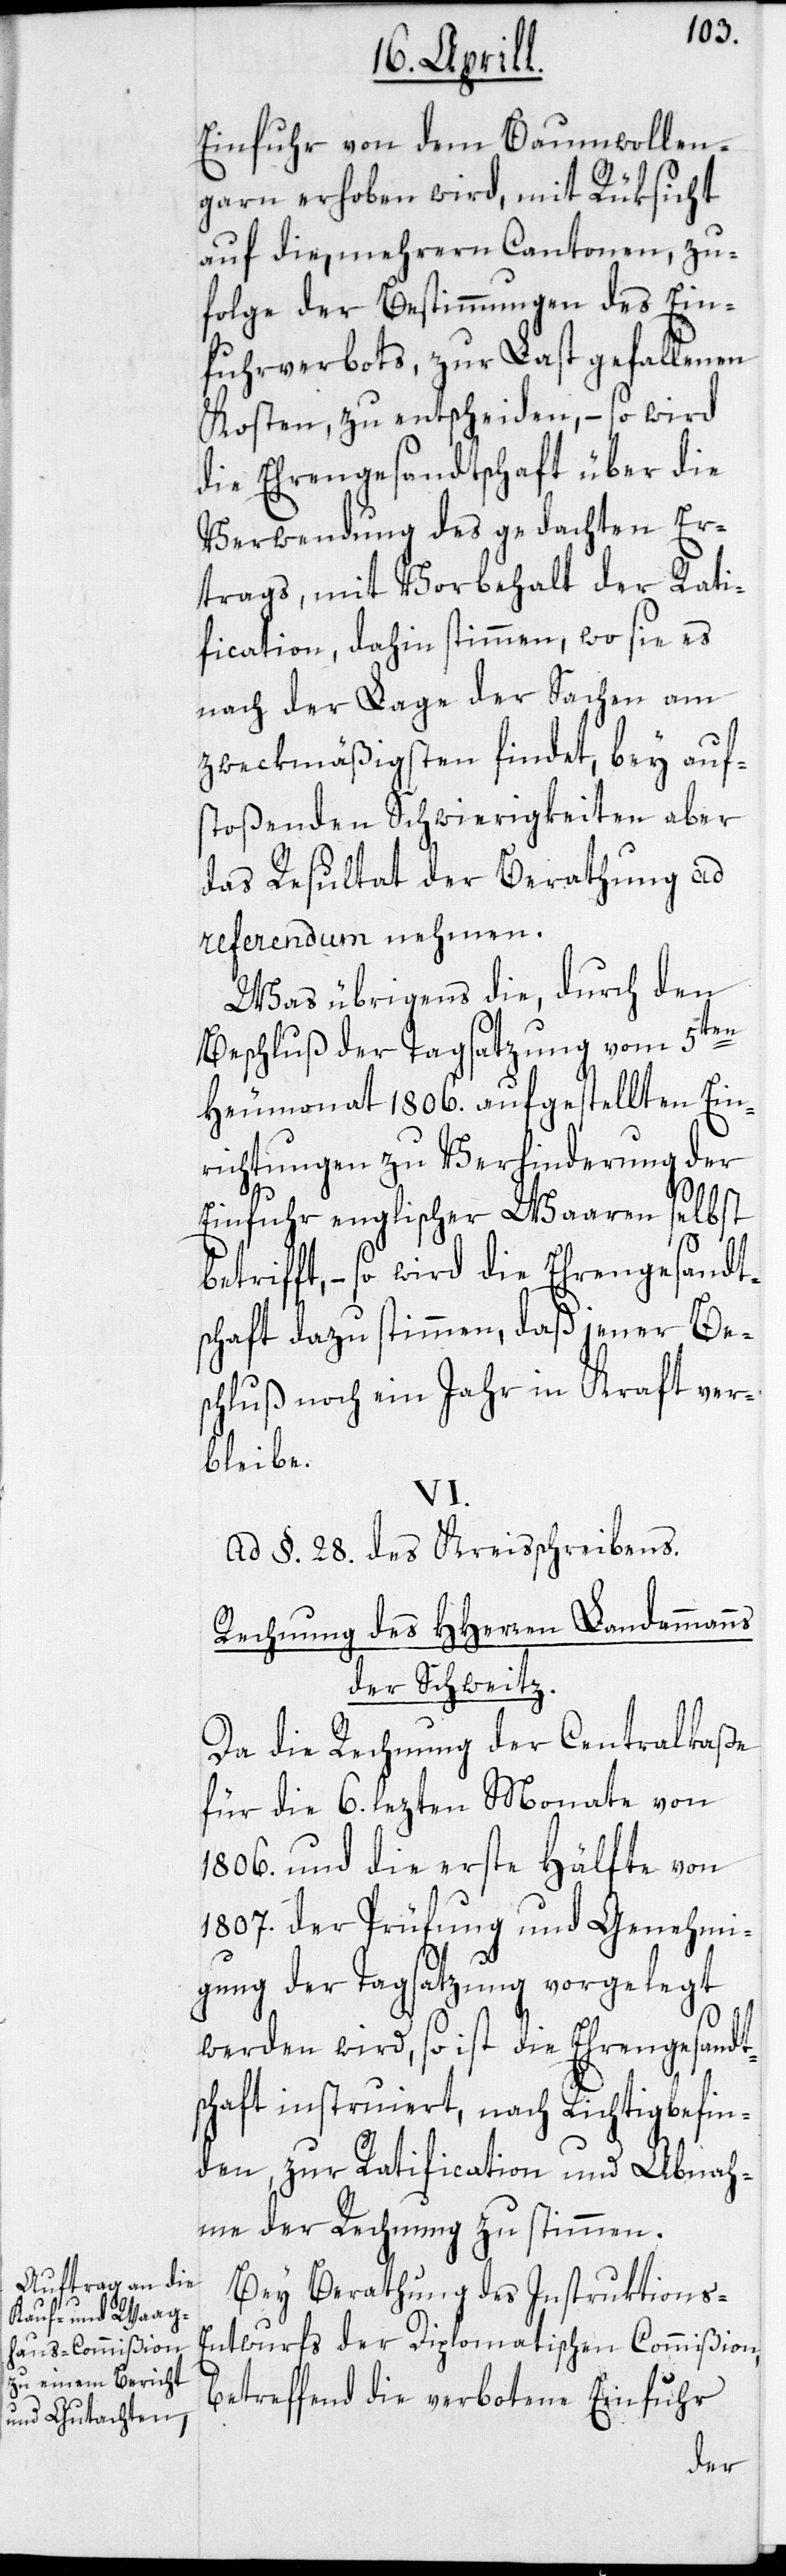
Einfuhr von dem Baumwollen¬
garn erhoben wird, mit Rüksicht
auf die, mehrern Cantonen, zu¬
folge der Bestimmungen des Ein¬
fuhrverbots, zur Last gefallenen
Kosten, zu entscheiden, – so wird
die Ehrengesandtschaft über die
Verwendung des gedachten Er¬
trags, mit Vorbehalt der Rati¬
fication, dahin stimmen, wo sie es
nach der Lage der Sachen am
zweckmäßigsten findet, bey aufs¬
toßenden Schwierigkeiten aber
das Resultat der Berathung ad
referendum nehmen.
Was übrigens die, durch den
Beschluß der Tagsatzung vom 5ten
Heumonat 1806. aufgestellten Ein¬
richtungen zu Verhinderung der
Einfuhr englischer Waaren selbst
betrifft, – so wird die Ehrengesandt¬
schaft dazu stimmen, daß jener Be¬
schluß noch ein Jahr in Kraft ver¬
bleibe.
VI.
Ad §. 28. des Kreisschreibens.
Rechnung des HHerren Landammanns
der Schweitz.
Da die Rechnung der Centralkaße
für die 6. letzten Monate von
1806. und die erste Hälfte von
1807. der Prüfung und Genehmi¬
gung der Tagsatzung vorgelegt
werden wird, so ist die Ehrengesandt¬
schaft instruiert, nach Richtigbefin¬
den, zur Ratification und Abnah¬
me der Rechnung zu stimmen.
Bey Berathung des Instruktions-E¬
ntwurfs der Diplomatischen Commißion,
betreffend die verbotene Einfuhr